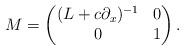
LaTeX: \begin{align*}M = \begin{pmatrix}(L+c\partial_x)^{-1} & 0\\0 & 1\end{pmatrix}.\end{align*}